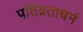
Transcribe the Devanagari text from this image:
पतिव्रताधर्म